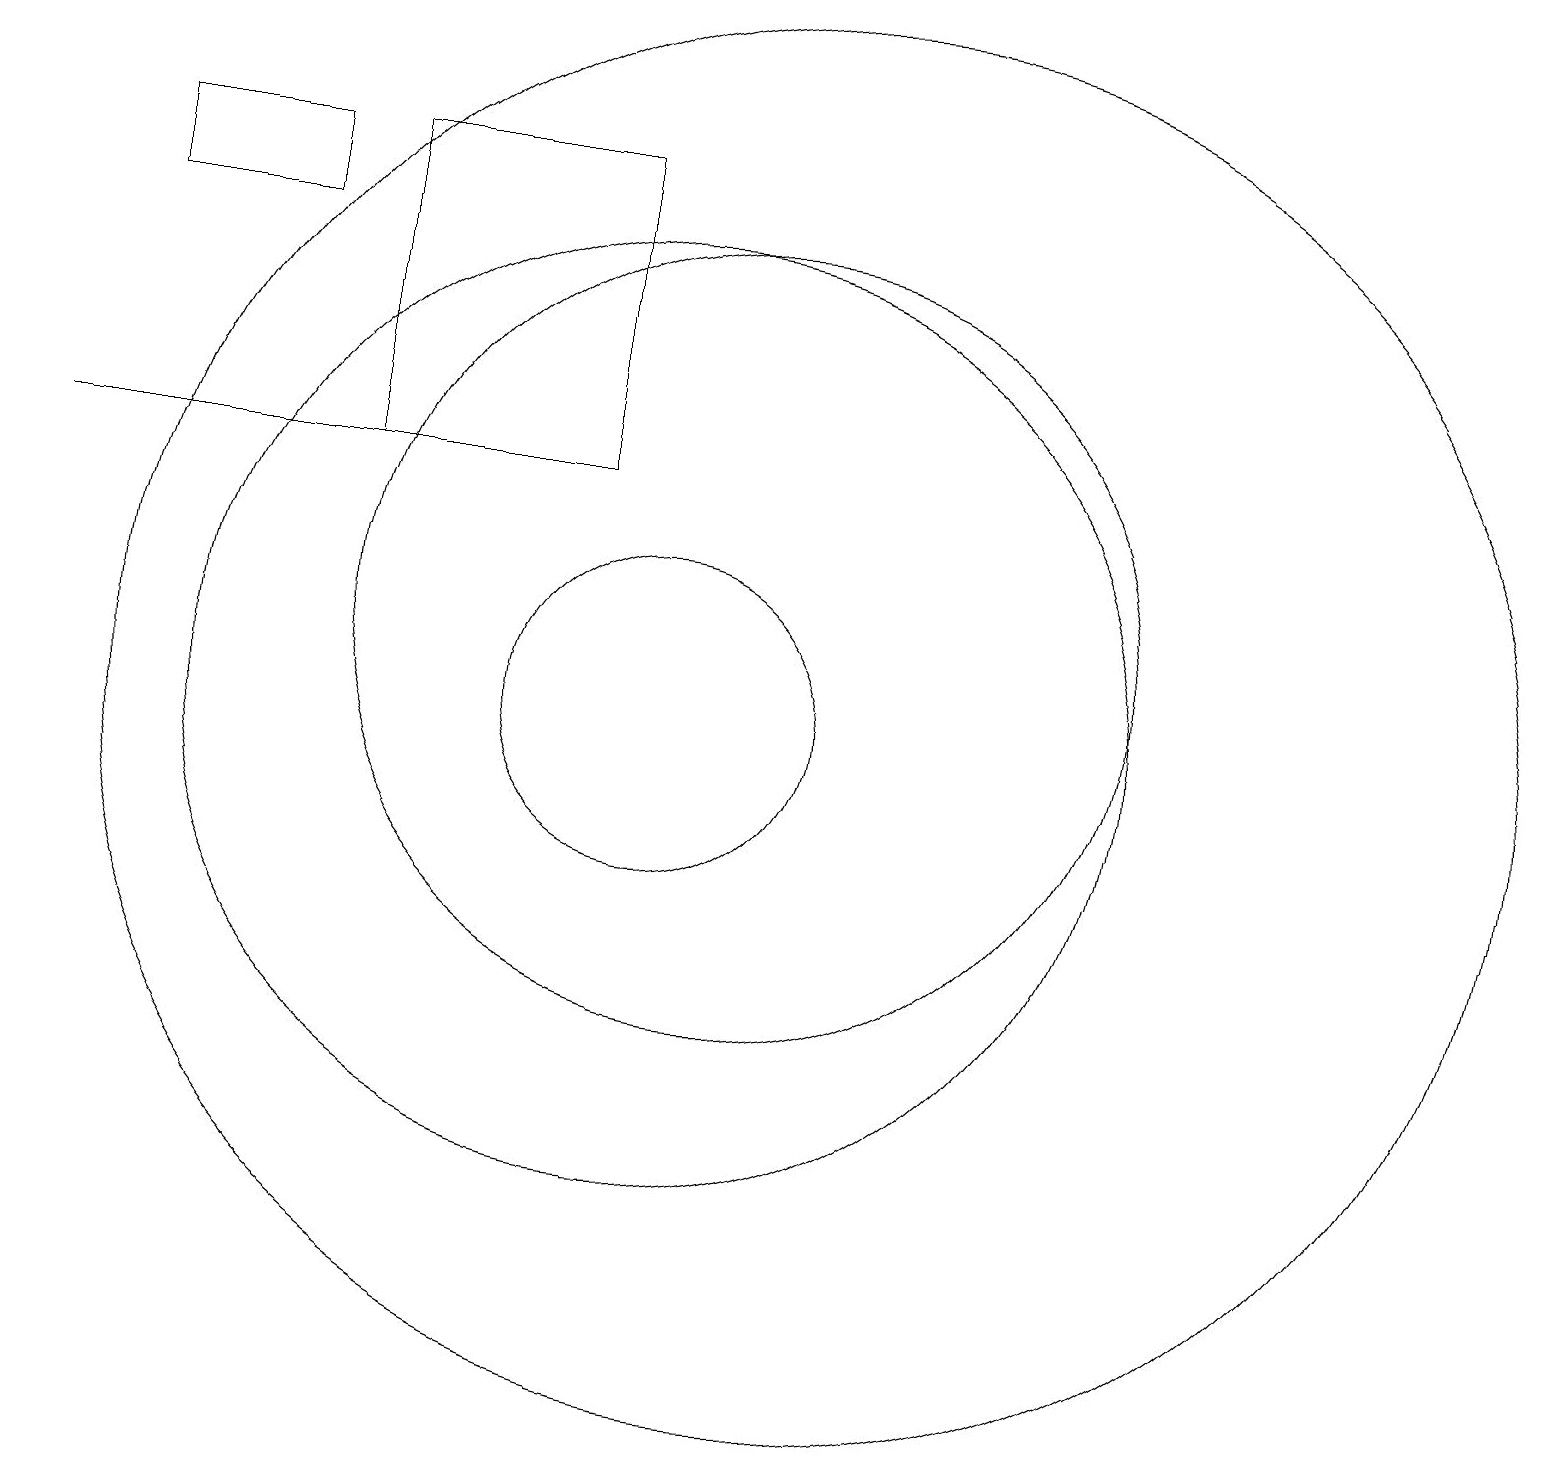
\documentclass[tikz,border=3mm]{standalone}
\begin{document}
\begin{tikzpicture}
\draw (5,18) rectangle (3,17);
\draw (11,12) circle (5);
\draw (10,11) circle (6);
\draw (10,11) circle (2);
\draw (6,18) rectangle (9,14);
\draw (2,14) rectangle (8,14);
\draw (12,11) circle (9);
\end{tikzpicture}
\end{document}